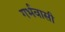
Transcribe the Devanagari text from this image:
गर्भवासी